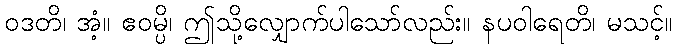
ဝဒတိ၊ အံ့။ ဧဝမ္ပိ၊ ဤသို့လျှောက်ပါသော်လည်း။ နပဝါရေတိ၊ မသင့်။